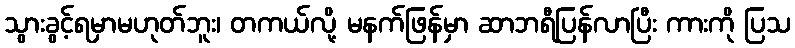
သွားခွင့်ရမှာမဟုတ်ဘူး၊ တကယ်လို့ မနက်ဖြန်မှာ ဆာဘရီပြန်လာပြီး ကားကို ပြသ